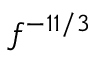
f ^ { - 1 1 / 3 }